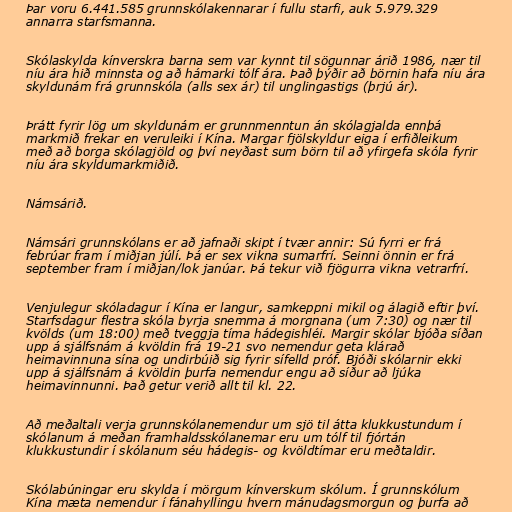
Þar voru 6.441.585 grunnskólakennarar í fullu starfi, auk 5.979.329
annarra starfsmanna.

Skólaskylda kínverskra barna sem var kynnt til sögunnar árið 1986, nær til
níu ára hið minnsta og að hámarki tólf ára. Það þýðir að börnin hafa níu ára
skyldunám frá grunnskóla (alls sex ár) til unglingastigs (þrjú ár).

Þrátt fyrir lög um skyldunám er grunnmenntun án skólagjalda ennþá
markmið frekar en veruleiki í Kína. Margar fjölskyldur eiga í erfiðleikum
með að borga skólagjöld og því neyðast sum börn til að yfirgefa skóla fyrir
níu ára skyldumarkmiðið.

Námsárið.

Námsári grunnskólans er að jafnaði skipt í tvær annir: Sú fyrri er frá
febrúar fram í miðjan júlí. Þá er sex vikna sumarfrí. Seinni önnin er frá
september fram í miðjan/lok janúar. Þá tekur við fjögurra vikna vetrarfrí.

Venjulegur skóladagur í Kína er langur, samkeppni mikil og álagið eftir því.
Starfsdagur flestra skóla byrja snemma á morgnana (um 7:30) og nær til
kvölds (um 18:00) með tveggja tíma hádegishléi. Margir skólar bjóða síðan
upp á sjálfsnám á kvöldin frá 19-21 svo nemendur geta klárað
heimavinnuna sína og undirbúið sig fyrir sífelld próf. Bjóði skólarnir ekki
upp á sjálfsnám á kvöldin þurfa nemendur engu að síður að ljúka
heimavinnunni. Það getur verið allt til kl. 22.

Að meðaltali verja grunnskólanemendur um sjö til átta klukkustundum í
skólanum á meðan framhaldsskólanemar eru um tólf til fjórtán
klukkustundir í skólanum séu hádegis- og kvöldtímar eru meðtaldir.

Skólabúningar eru skylda í mörgum kínverskum skólum. Í grunnskólum
Kína mæta nemendur í fánahyllingu hvern mánudagsmorgun og þurfa að